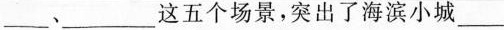
___﹑___这五个场景，突出了海滨小城___